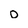
Character: D